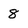
Character: 8